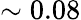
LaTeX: \sim 0.08